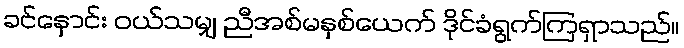
ခင်နှောင်း ဝယ်သမျှ ညီအစ်မနှစ်ယေက် ဒိုင်ခံရွက်ကြရှာသည်။